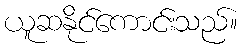
ယူဆနိုင်ကောင်းသည်။